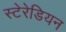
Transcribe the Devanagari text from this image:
स्‍टेरेडियन